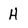
Character: H